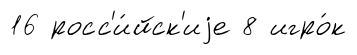
16 росс'и́йск'иjе 8 игро́к